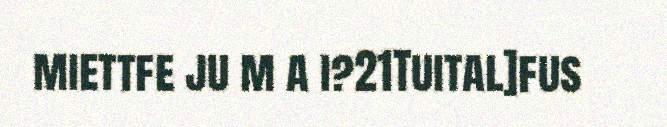
miettfe ju m a i?21Tuital]fus